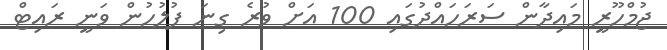
ޖުމްހޫރީ މައިދާން ސަރަހައްދުގައި 100 އަށް ވުރެ ގިނަ ފުލުހުން ވަނީ ރައިޓް